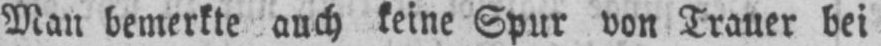
Man bemerkte auch keine Spur von Trauer bei